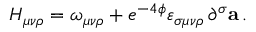
H _ { \mu \nu \rho } = \omega _ { \mu \nu \rho } + e ^ { - 4 \phi } \varepsilon _ { \sigma \mu \nu \rho } \, \partial ^ { \sigma } { \bf a } \, .